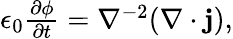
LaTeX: \begin{array}{r}{\epsilon_{0}\frac{\partial\phi}{\partial t}=\nabla^{-2}(\nabla\cdot\mathbf{j}),}\end{array}